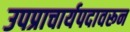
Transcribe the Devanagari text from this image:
उपप्राचार्यपदावरून